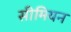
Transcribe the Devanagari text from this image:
सीमियन